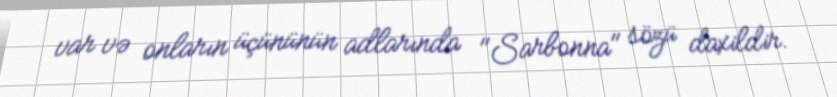
var və onların üçününün adlarında "Sarbonna" sözü daxildir.